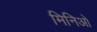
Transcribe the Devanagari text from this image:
मिनिओ